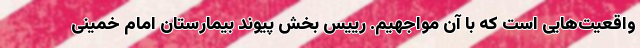
واقعیت‌هایی است که با آن مواجهیم. رییس بخش پیوند بیمارستان امام خمینی